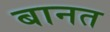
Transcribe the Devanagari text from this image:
बानत